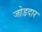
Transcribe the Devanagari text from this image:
जोडदार